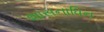
શાસનાધિન